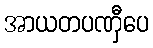
အာယတပဏှီပေ